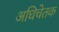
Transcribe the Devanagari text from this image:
अधिचेतक